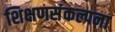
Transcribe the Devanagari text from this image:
शिक्षणसंकल्पना